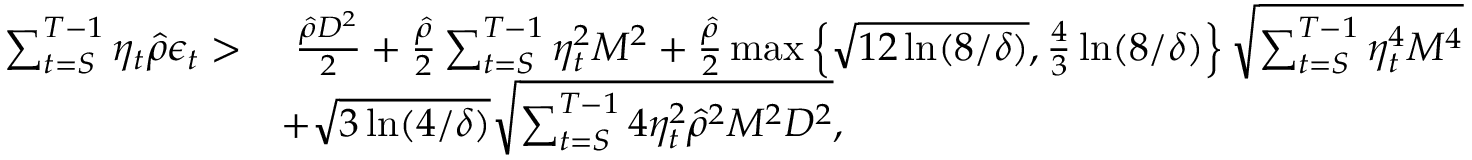
\begin{array} { r l } { \sum _ { t = S } ^ { T - 1 } \eta _ { t } \hat { \rho } \epsilon _ { t } > } & { ~ \frac { \hat { \rho } D ^ { 2 } } { 2 } + \frac { \hat { \rho } } { 2 } \sum _ { t = S } ^ { T - 1 } \eta _ { t } ^ { 2 } M ^ { 2 } + \frac { \hat { \rho } } { 2 } \operatorname* { m a x } \left\{ \sqrt { 1 2 \ln ( 8 / \delta ) } , \frac { 4 } { 3 } \ln ( 8 / \delta ) \right\} \sqrt { \sum _ { t = S } ^ { T - 1 } \eta _ { t } ^ { 4 } M ^ { 4 } } } \\ & { + \sqrt { 3 \ln ( 4 / \delta ) } \sqrt { \sum _ { t = S } ^ { T - 1 } 4 \eta _ { t } ^ { 2 } \hat { \rho } ^ { 2 } M ^ { 2 } D ^ { 2 } } , } \end{array}